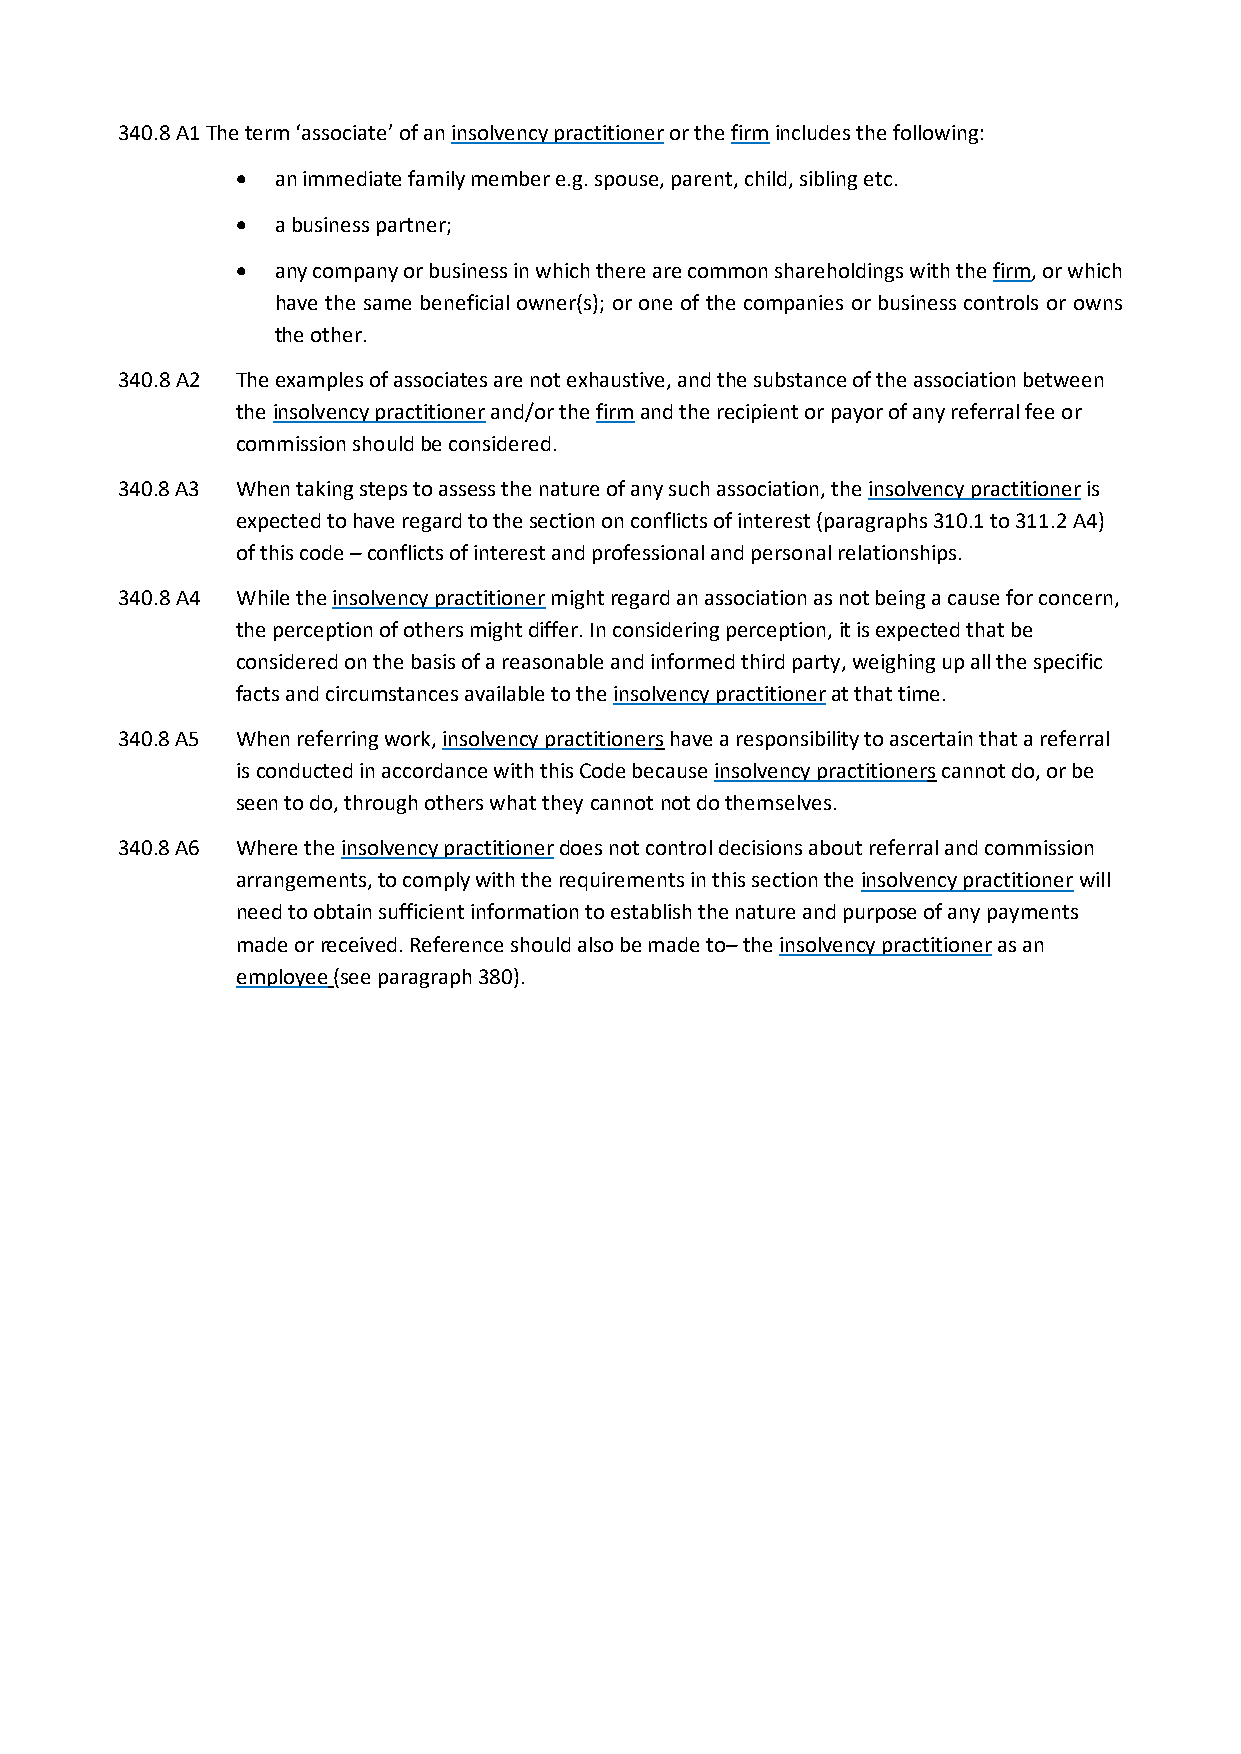
340.8 A1 The term ‘associate’ of an insolvency practitioner or the firm includes the following:
 • an immediate family member e.g. spouse, parent, child, sibling etc.
 • a business partner;
 • any company or business in which there are common shareholdings with the firm, or which
 have the same beneficial owner(s); or one of the companies or business controls or owns
 the other.
 340.8 A2 The examples of associates are not exhaustive, and the substance of the association between
 the insolvency practitioner and/or the firm and the recipient or payor of any referral fee or
 commission should be considered.
 340.8 A3 When taking steps to assess the nature of any such association, the insolvency practitioner is
 expected to have regard to the section on conflicts of interest (paragraphs 310.1 to 311.2 A4)
 of this code – conflicts of interest and professional and personal relationships.
 340.8 A4 While the insolvency practitioner might regard an association as not being a cause for concern,
 the perception of others might differ. In considering perception, it is expected that be
 considered on the basis of a reasonable and informed third party, weighing up all the specific
 facts and circumstances available to the insolvency practitioner at that time.
 340.8 A5 When referring work, insolvency practitioners have a responsibility to ascertain that a referral
 is conducted in accordance with this Code because insolvency practitioners cannot do, or be
 seen to do, through others what they cannot not do themselves.
 340.8 A6 Where the insolvency practitioner does not control decisions about referral and commission
 arrangements, to comply with the requirements in this section the insolvency practitioner will
 need to obtain sufficient information to establish the nature and purpose of any payments
 made or received. Reference should also be made to– the insolvency practitioner as an
 employee (see paragraph 380).